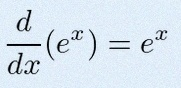
\frac{d}{dx}(e^x)=e^x